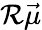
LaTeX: \mathcal{R}\vec{{\mu}}